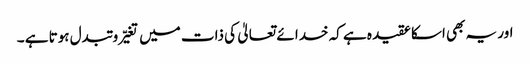
اور یہ بھی اسکا عقیدہ ہے کہ خدا ئے تعالیٰ کی ذات میں تغیّر و تبدل ہوتا ہے ۔